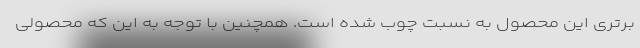
برتری این محصول به نسبت چوب شده است. همچنین با توجه به این که محصولی